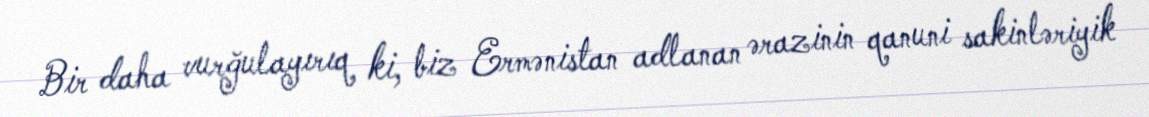
Bir daha vurğulayırıq ki, biz Ermənistan adlanan ərazinin qanuni sakinləriyik